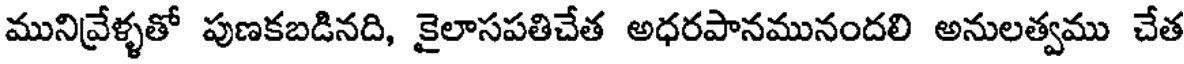
మునివ్రేళ్ళతో పుణకబడినది, కైలాసపతిచేత అధరపానమునందలి అనులత్వము చేత